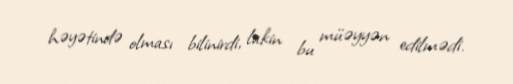
həyətində olması bilinirdi, lakin bu müəyyən edilmədi.